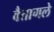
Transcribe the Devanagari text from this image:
वैतागले